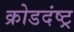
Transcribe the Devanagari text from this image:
क्रोडदंष्ट्र